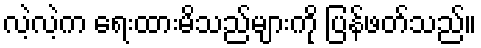
လဲ့လဲ့က ရေးထားမိသည်များကို ပြန်ဖတ်သည်။